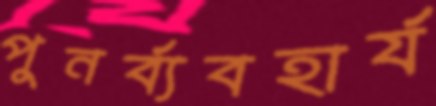
পুনর্ব্যবহার্য